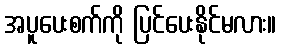
အပူပေးစက်ကို ပြင်ပေးနိုင်မလား။